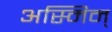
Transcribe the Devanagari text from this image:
अस्मिन्